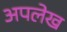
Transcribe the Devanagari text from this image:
अपलेख